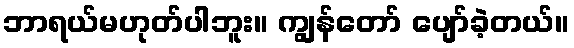
ဘာရယ်မဟုတ်ပါဘူး။ ကျွန်တော် ပျော်ခဲ့တယ်။